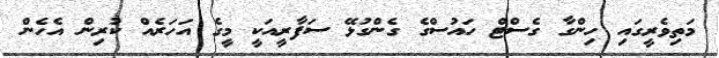
މަތިވެރީގައި ހިންގާ ގެސްޓް ހައުސްގެ ގެންގުޅޭ ސަފާރީއަކީ މީގެ އަހަރެއް ކުރިން އެހެން